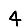
Digit: 4